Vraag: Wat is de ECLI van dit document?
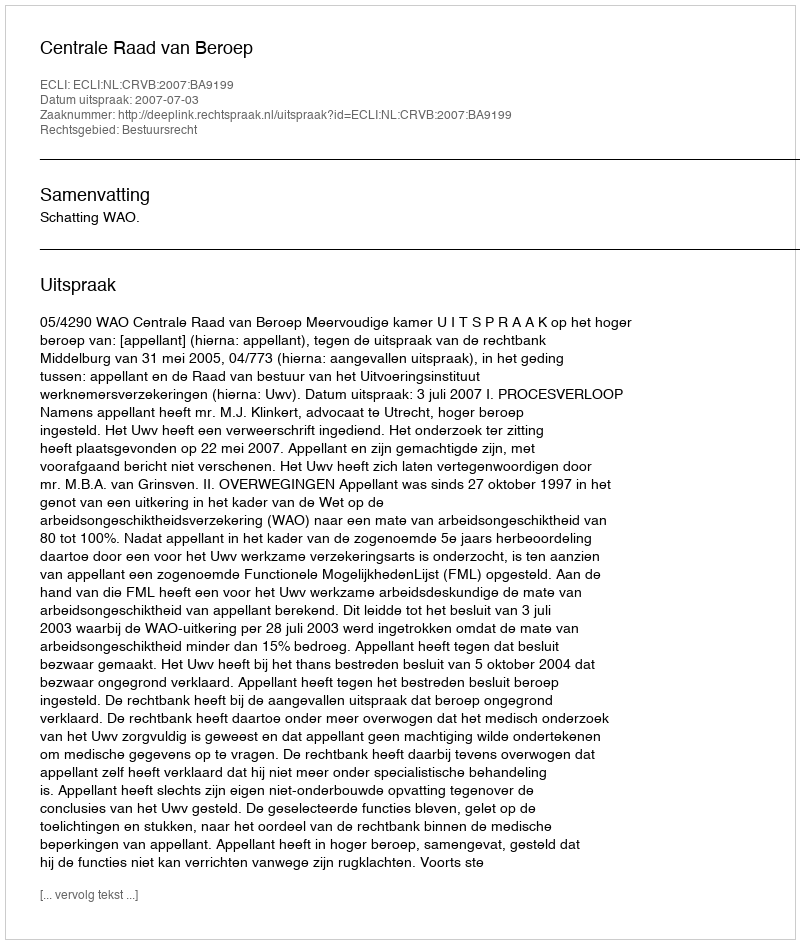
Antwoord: ECLI:NL:CRVB:2007:BA9199